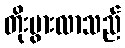
တိုးပွားလာသည်